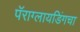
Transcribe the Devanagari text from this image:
पॅराग्लायडिंगचा